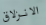
الانزلاق